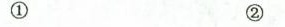
① ②